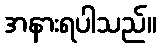
အနားရပါသည်။